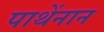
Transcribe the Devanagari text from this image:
पाथेंनान